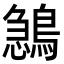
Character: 𪂺